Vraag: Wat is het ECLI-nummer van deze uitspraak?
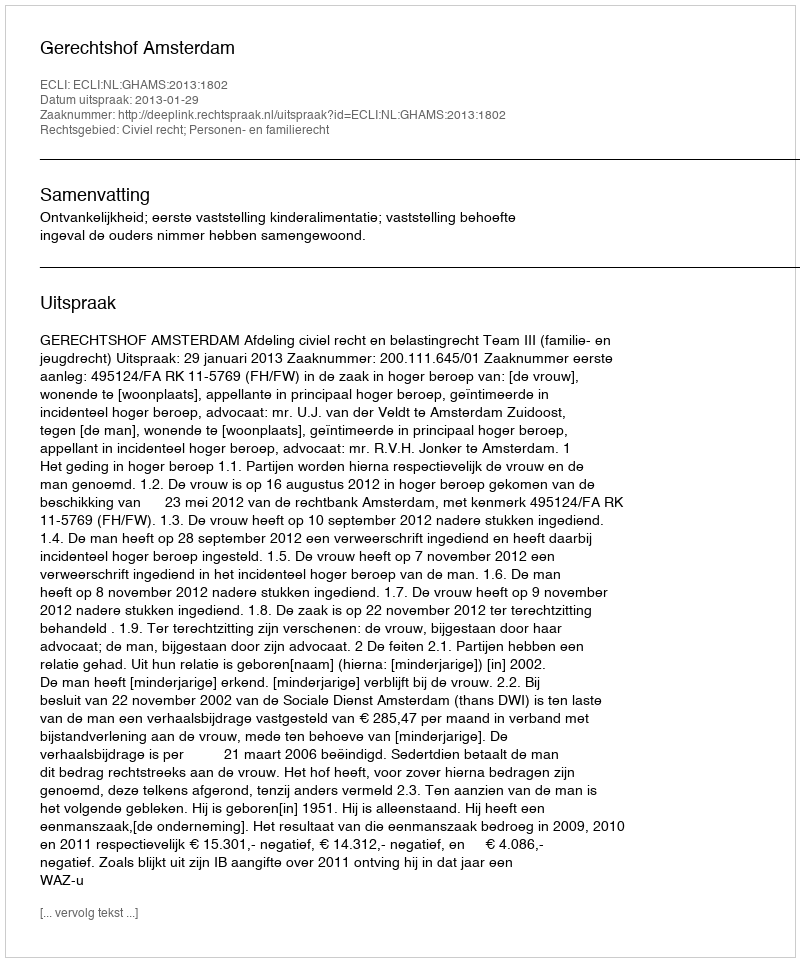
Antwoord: ECLI:NL:GHAMS:2013:1802